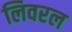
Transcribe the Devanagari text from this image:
लिवरल